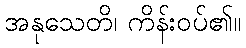
အနုသေတိ၊ ကိန်းဝပ်၏။